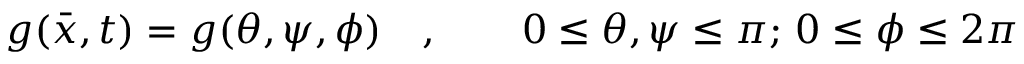
g ( \bar { x } , t ) = g ( \theta , \psi , \phi ) \quad , \qquad 0 \leq \theta , \psi \leq \pi ; \, 0 \leq \phi \leq 2 \pi